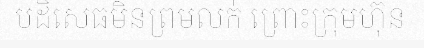
បដិសេធមិនព្រមលក់ ព្រោះក្រុមហ៊ុន